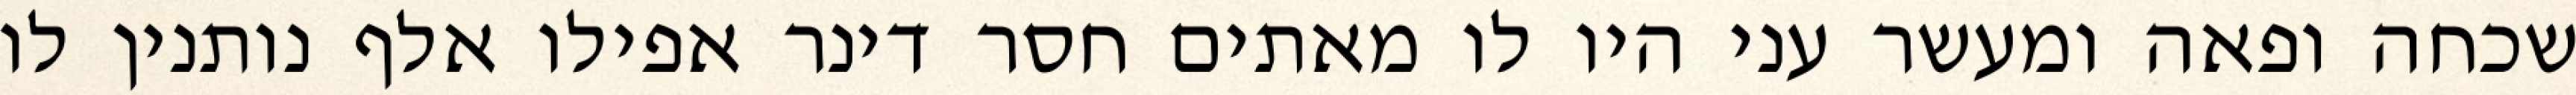
שכחה ופאה ומעשר עני היו לו מאתים חסר דינר אפילו אלף נותנין לו